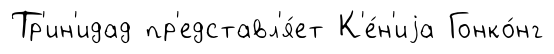
Тр'ин'идад пр'едставл'я́ет К'е́н'иjа Гонко́нг